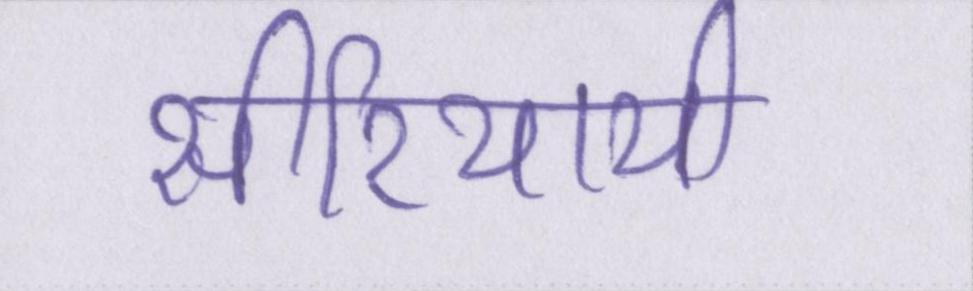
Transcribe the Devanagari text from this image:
सीरियायी